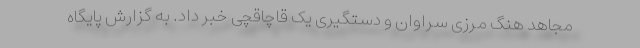
مجاهد هنگ مرزی سراوان و دستگیری یک قاچاقچی خبر داد. به گزارش پایگاه